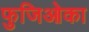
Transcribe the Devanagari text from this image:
फुजिओका